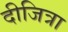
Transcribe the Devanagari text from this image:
दीजित्रा